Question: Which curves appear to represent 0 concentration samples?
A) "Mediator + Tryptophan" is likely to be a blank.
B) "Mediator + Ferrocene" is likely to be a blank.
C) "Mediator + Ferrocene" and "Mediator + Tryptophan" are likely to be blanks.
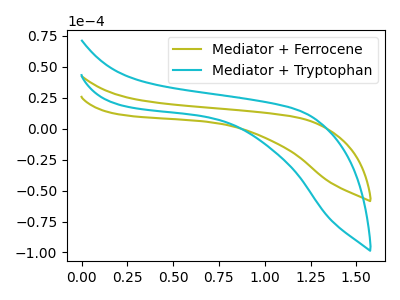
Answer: <think>The olive curve "Mediator + Ferrocene" has no peaks. The cyan curve "Mediator + Tryptophan" has no peaks.</think>
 <answer>C) "Mediator + Ferrocene" and "Mediator + Tryptophan" are likely to be blanks.</answer>
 <eval>C</eval>